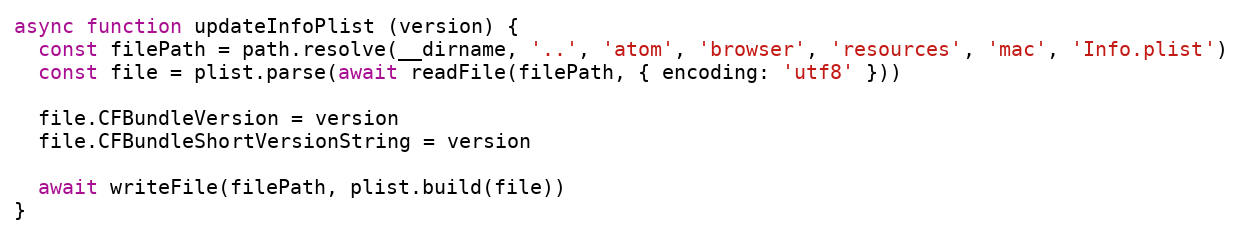
Language: JavaScript
async function updateInfoPlist (version) {
  const filePath = path.resolve(__dirname, '..', 'atom', 'browser', 'resources', 'mac', 'Info.plist')
  const file = plist.parse(await readFile(filePath, { encoding: 'utf8' }))

  file.CFBundleVersion = version
  file.CFBundleShortVersionString = version

  await writeFile(filePath, plist.build(file))
}